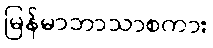
မြန်မာဘာသာစကား